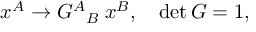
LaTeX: x ^ { A } \rightarrow { G ^ { A } } _ { B } \; x ^ { B } , \quad \operatorname * { d e t } G = 1 ,